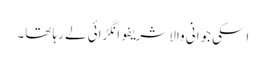
اسکی جوانی والا شریفو انگڑائی لے رہا تھا۔